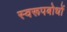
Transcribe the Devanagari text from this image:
स्वरूपबोधों